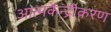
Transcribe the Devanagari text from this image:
आत्मकेंन्द्रीकरण